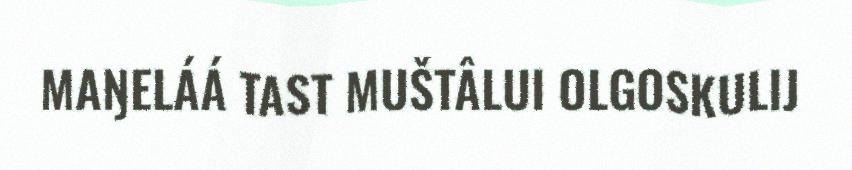
MAŊELÁÁ TAST MUŠTÂLUI OLGOSKULIJ